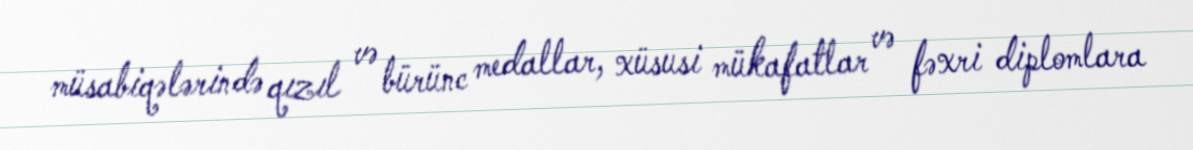
müsabiqələrində qızıl və bürünc medallar, xüsusi mükafatlar və fəxri diplomlara